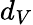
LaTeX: d_{V}